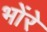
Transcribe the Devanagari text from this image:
भोंरे